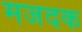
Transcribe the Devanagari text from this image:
मजदक